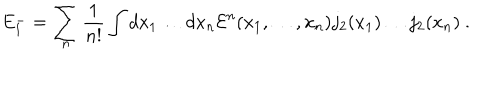
LaTeX: E _ { 1 } ^ { - } = \sum _ { n } \frac 1 { n ! } \int d x _ { 1 } \dots d x _ { n } { \cal E } ^ { n } ( x _ { 1 } , \dots , x _ { n } ) j _ { 2 } ( x _ { 1 } ) \dots j _ { 2 } ( x _ { n } ) \ .